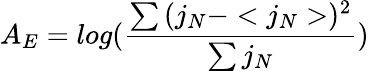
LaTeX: A_{E}=log(\frac{\sum{(j_{N}-<j_{N}>)^{2}}}{\sum{j_{N}}})